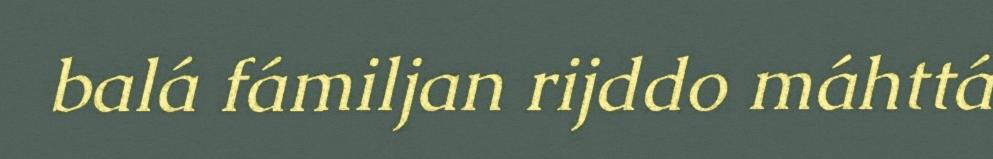
balá fámiljan rijddo máhttá